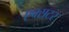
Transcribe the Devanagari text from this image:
एक्सटर